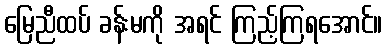
မြေညီထပ် ခန်းမကို အရင် ကြည့်ကြရအောင်။